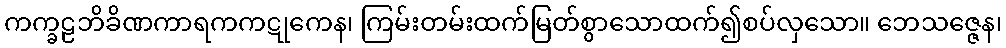
ကက္ခဠဘိခိဏကာရကကဋုကေန၊ ကြမ်းတမ်းထက်မြတ်စွာသောထက်၍စပ်လှသော။ ဘေသဇ္ဇေန၊